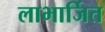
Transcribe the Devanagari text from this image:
लाभार्जित